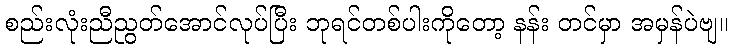
စည်းလုံးညီညွတ်အောင်လုပ်ပြီး ဘုရင်တစ်ပါးကိုတော့ နန်း တင်မှာ အမှန်ပဲဗျ။